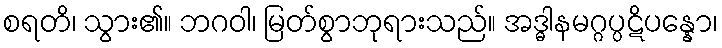
စရတိ၊ သွား၏။ ဘဂဝါ၊ မြတ်စွာဘုရားသည်။ အဒ္ဓါနမဂ္ဂပ္ပဋိပန္နော၊